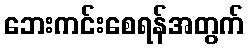
ဘေးကင်းစေရန်အတွက်